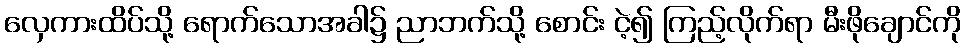
လှေကားထိပ်သို့ ရောက်သောအခါ၌ ညာဘက်သို့ စောင်း ငဲ့၍ ကြည့်လိုက်ရာ မီးဖိုချောင်ကို